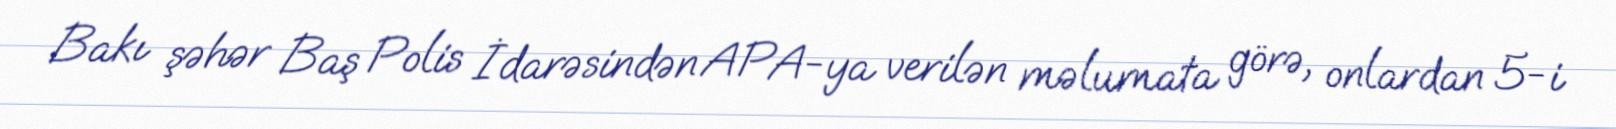
Bakı şəhər Baş Polis İdarəsindən APA-ya verilən məlumata görə, onlardan 5-i